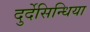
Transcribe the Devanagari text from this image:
दुर्देसिन्धिया